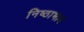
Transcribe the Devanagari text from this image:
निष्ठाभाव